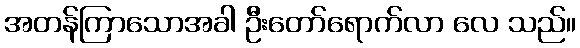
အတန်ကြာသောအခါ ဦးတော်ရောက်လာ လေ သည်။